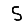
Digit: 5